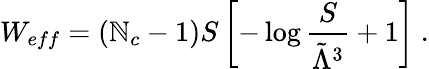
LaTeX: W_{eff}=\left(\mathbb{N}_{c}-1\right)S\left[-\log{\frac{{S}}{{\tilde{{\Lambda}}^{3}}}}+1\right]~.